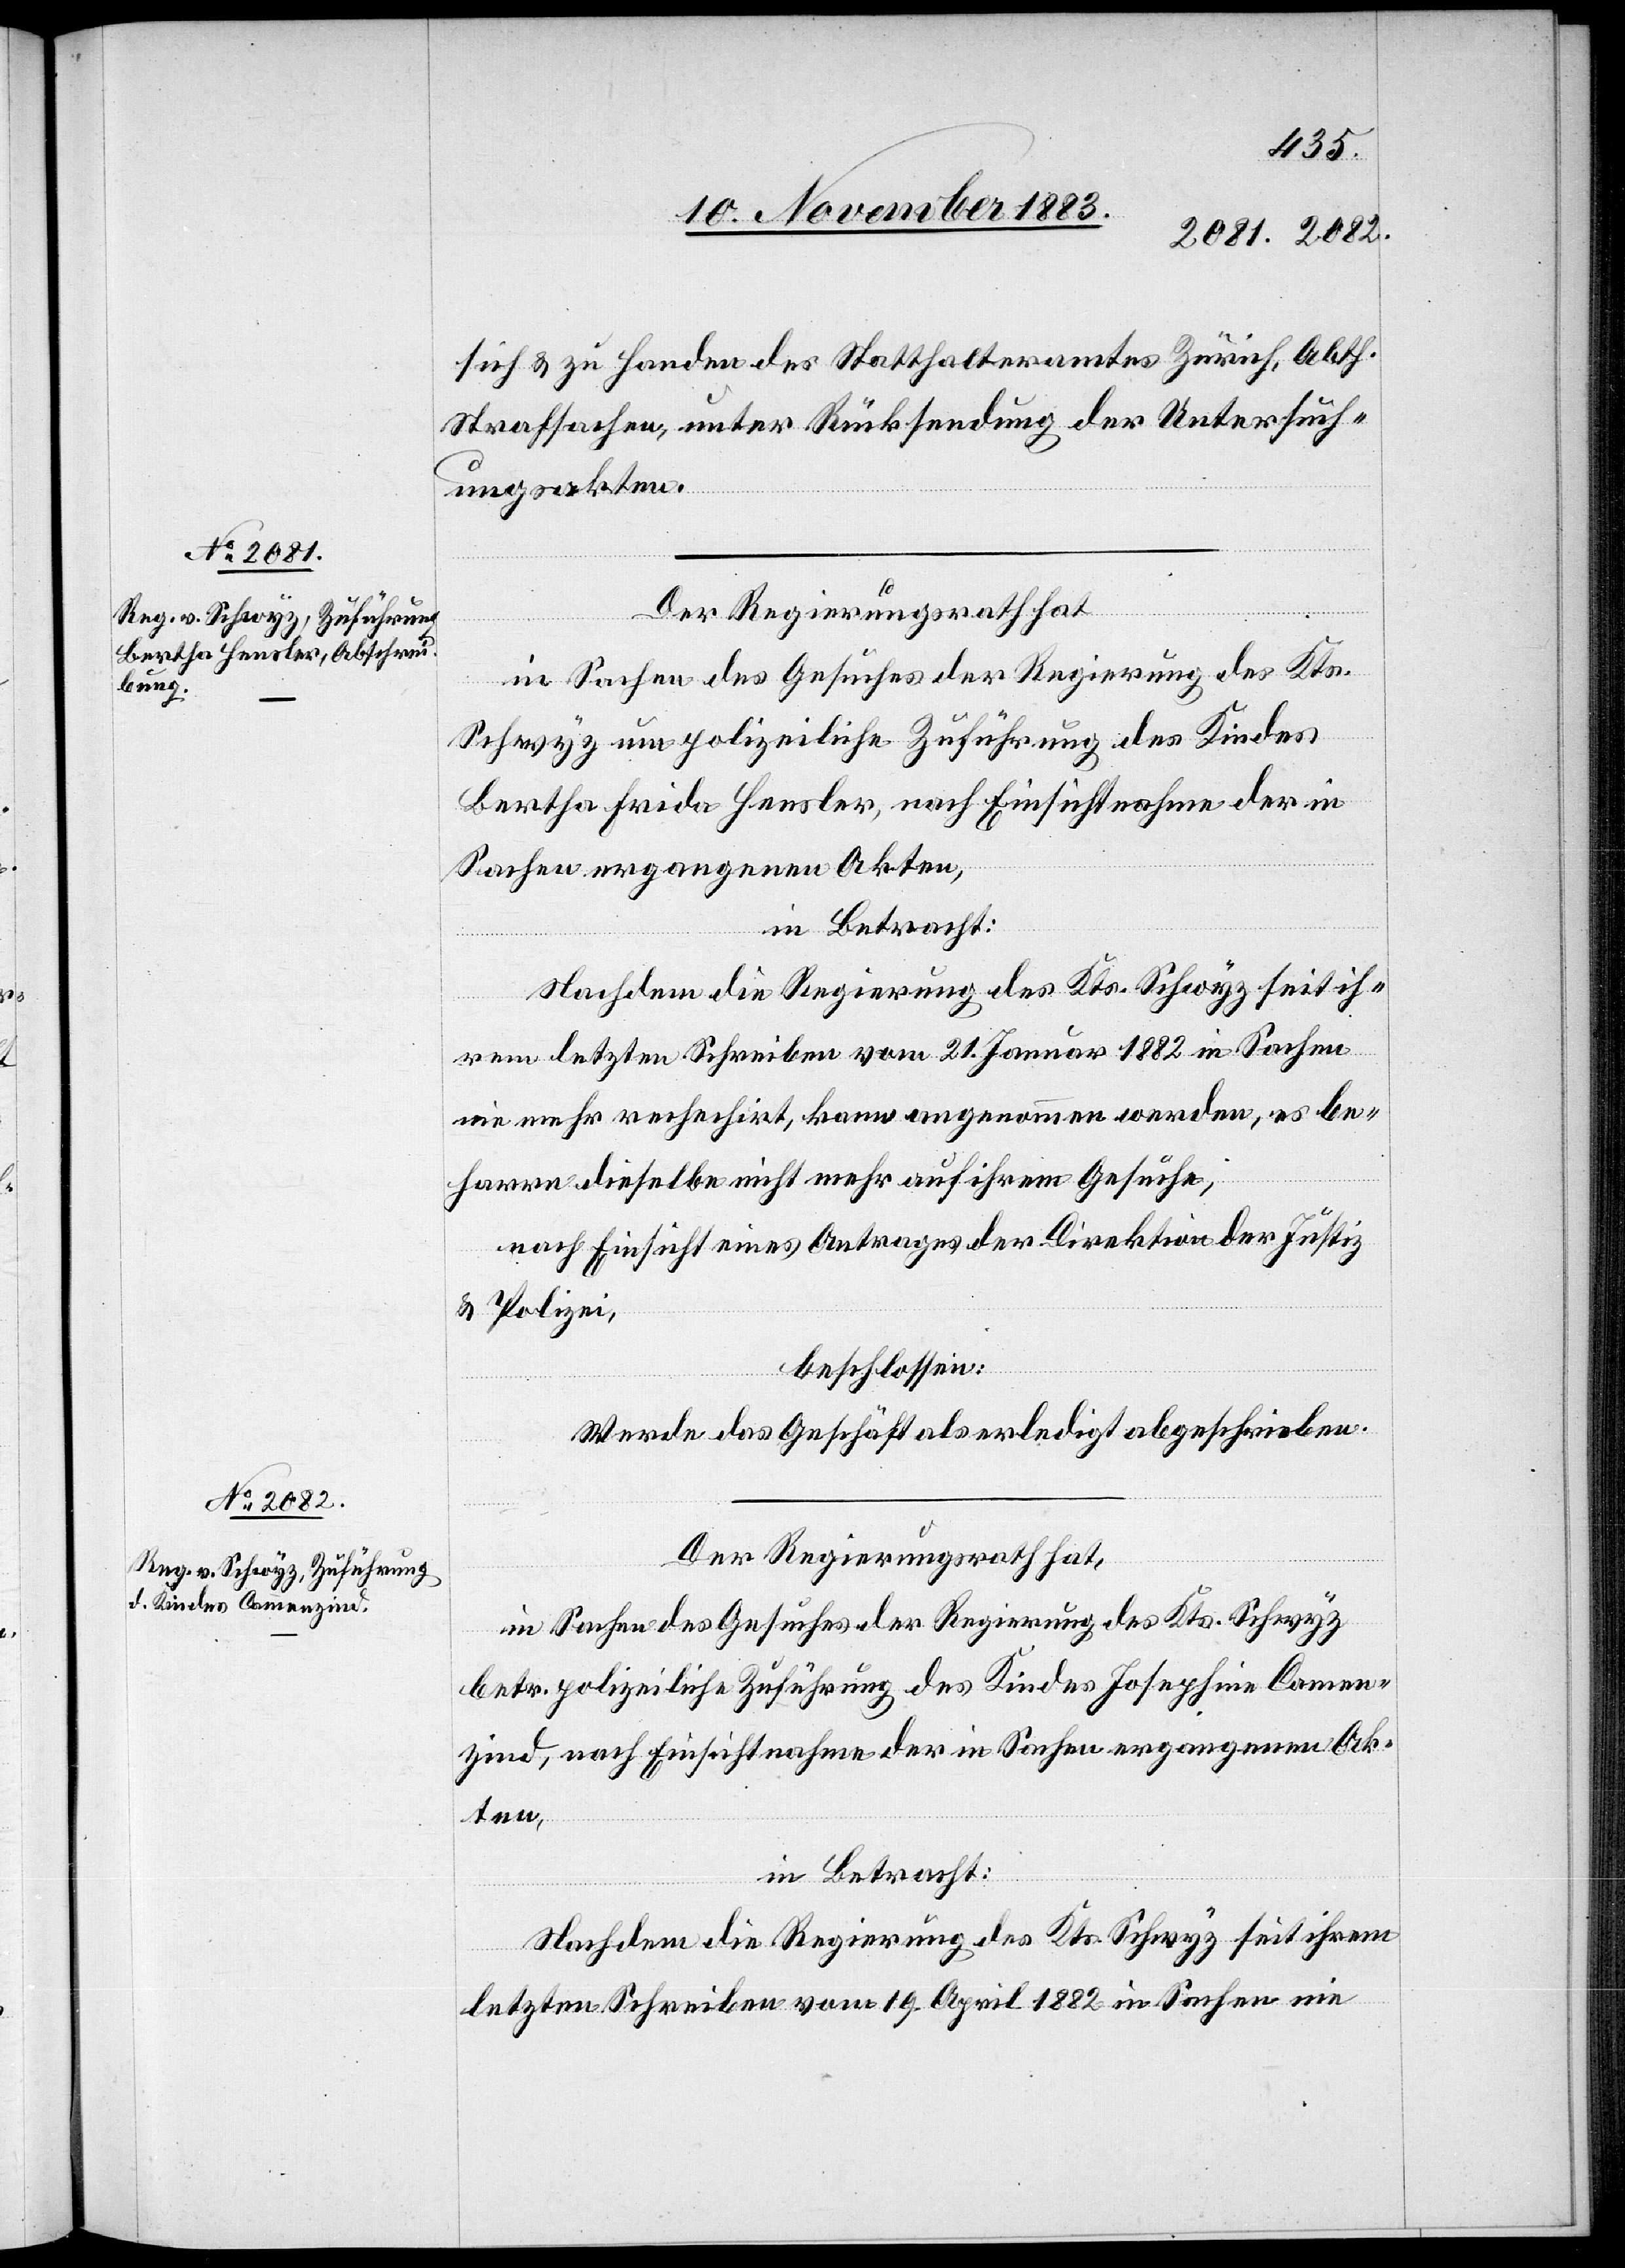
sich & zu Handen des Statthalteramtes Zürich, Abth.
Strafsachen, unter Rücksendung der Untersuch¬
ungsakten.
Der Regierungsrath hat
in Sachen des Gesuches der Regierung des Kts.
Schwyz um polizeiliche Zuführung des Kindes
Bertha Frida Hensler, nach Einsichtnahme der in
Sachen ergangenen Akten,
in Betracht:
Nachdem die Regierung des Kts. Schwyz seit ih¬
rem letzten Schreiben vom 21. Januar 1882 in Sachen
nie mehr rechechirt, kann angenommen werden, es be¬
harre dieselbe nicht mehr auf ihrem Gesuche,
nach Einsicht eines Antrages der Direktion der Justiz
& Polizei,
beschlossen:
Werde das Geschäft als erledigt abgeschrieben.
Der Regierungsrath hat,
in Sachen des Gesuches der Regierung des Kts. Schwyz
betr. polizeiliche Zuführung des Kindes Josephine Camen¬
[sic!], nach Einsichtnahme der in Sachen ergangenen Ak¬
ten,
in Betracht:
Nachdem die Regierung des Kts. Schwyz seit ihrem
letzten Schreiben vom 19. April 1882 in Sachen nie